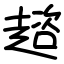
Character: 趦